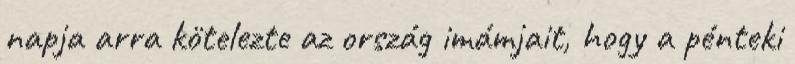
napja arra kötelezte az ország imámjait, hogy a pénteki